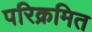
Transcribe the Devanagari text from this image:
परिक्रमित